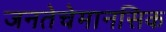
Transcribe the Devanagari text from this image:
जनतेचेमानसिक